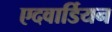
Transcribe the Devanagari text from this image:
एदवार्डियन